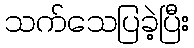
သက်သေပြခဲ့ပြီး